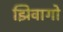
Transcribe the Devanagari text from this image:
झिवागो